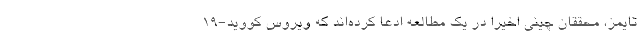
تایمز، محققان چینی اخیرا در یک مطالعه ادعا کرده‌اند که ویروس کووید-۱۹